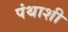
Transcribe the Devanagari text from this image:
पंथाशी